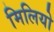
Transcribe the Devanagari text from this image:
मिलियो